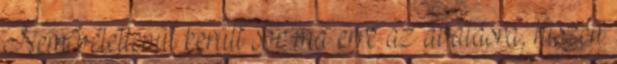
Nem véletlenül került sor ma erre az avatásra, hiszen